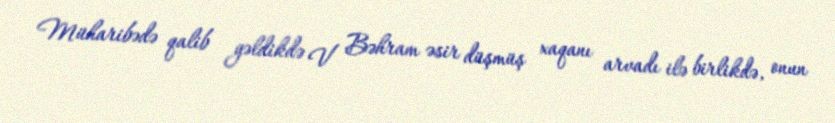
Müharibədə qalib gəldikdə V Bəhram əsir düşmüş xaqanı arvadı ilə birlikdə, onun